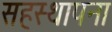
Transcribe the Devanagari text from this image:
सहस्थापना